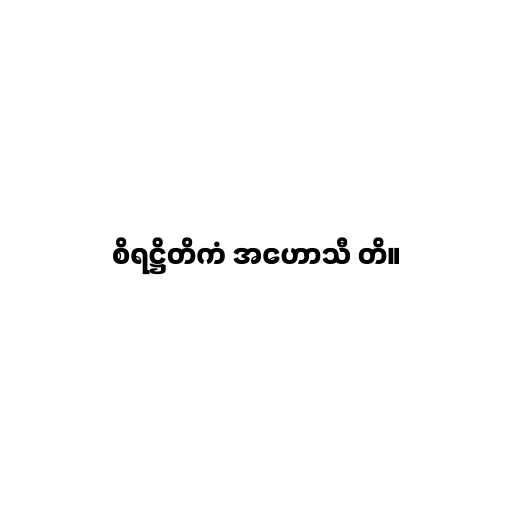
စိရဋ္ဌိတိကံ အဟောသီ တိ။